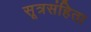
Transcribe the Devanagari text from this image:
सूत्रसंहिता